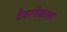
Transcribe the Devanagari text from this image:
टैबरनेकल्स